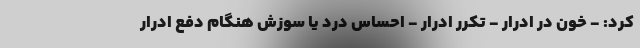
کرد: - خون در ادرار - تکرر ادرار - احساس درد یا سوزش هنگام دفع ادرار